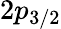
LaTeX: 2p_{3/2}